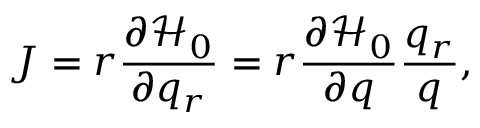
J = r \frac { \partial \mathcal { H } _ { 0 } } { \partial q _ { r } } = r \frac { \partial \mathcal { H } _ { 0 } } { \partial q } \frac { q _ { r } } { q } ,